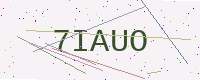
Text: 7IAUO